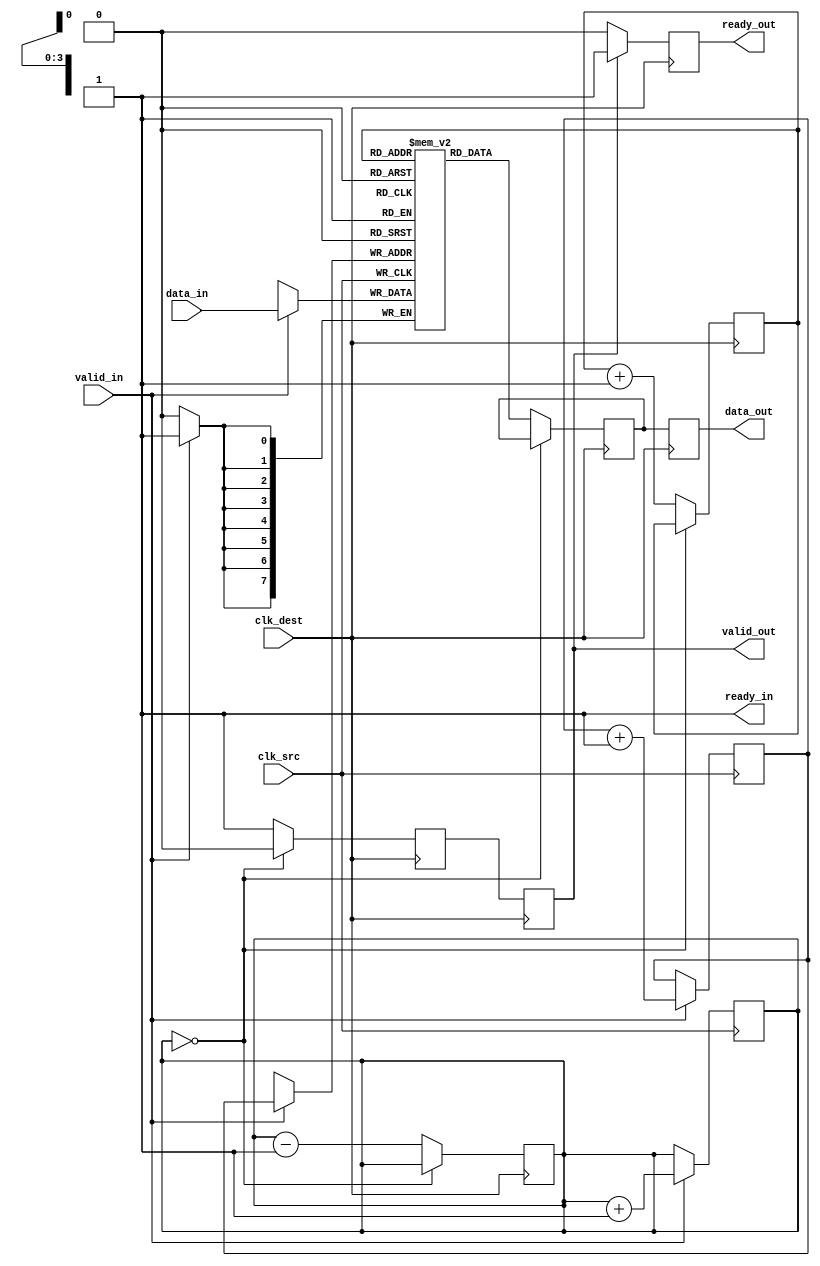
module MemoryBlocksPipelineSynchronizer #(
    parameter DATA_WIDTH = 8,
    parameter FIFO_DEPTH = 16
)(
    input wire clk_src,                // Source clock
    input wire clk_dest,               // Destination clock
    input wire [DATA_WIDTH-1:0] data_in, // Data input from source clock domain
    input wire valid_in,               // Valid signal for input data
    output wire [DATA_WIDTH-1:0] data_out, // Synchronized data output
    output wire valid_out,             // Valid signal for output data
    output wire ready_in,              // Ready signal for input data
    output wire ready_out              // Ready signal for output data
);

    // FIFO signals
    reg [DATA_WIDTH-1:0] fifo [0:FIFO_DEPTH-1];
    reg [3:0] write_ptr, read_ptr;
    reg [3:0] count;
    wire fifo_full, fifo_empty;

    // Handshaking signals
    reg valid_out_reg;
    reg ready_out_reg;

    // Synchronization registers
    reg [DATA_WIDTH-1:0] sync_data_1, sync_data_2;
    reg valid_sync_1, valid_sync_2;

    // FIFO control logic
    assign fifo_full = (count == FIFO_DEPTH);
    assign fifo_empty = (count == 0);
    assign ready_in = !fifo_full;
    assign valid_out = valid_sync_2;
    assign data_out = sync_data_2;

    // Write data to FIFO on source clock
    always @(posedge clk_src) begin
        if (valid_in && ready_in) begin
            fifo[write_ptr] <= data_in;
            write_ptr <= write_ptr + 1;
            count <= count + 1;
        end
    end

    // Read data from FIFO on destination clock
    always @(posedge clk_dest) begin
        if (!fifo_empty) begin
            sync_data_1 <= fifo[read_ptr];
            valid_sync_1 <= 1'b1;
            read_ptr <= read_ptr + 1;
            count <= count - 1;
        end else begin
            valid_sync_1 <= 1'b0;
        end
    end

    // Synchronization registers to mitigate metastability
    always @(posedge clk_dest) begin
        sync_data_2 <= sync_data_1;
        valid_sync_2 <= valid_sync_1;
    end

    // Ready signal generation
    always @(posedge clk_dest) begin
        if (valid_sync_2) begin
            ready_out_reg <= 1'b1; // Indicate that data is ready to be processed
        end else begin
            ready_out_reg <= 1'b0;
        end
    end

    assign ready_out = ready_out_reg;

endmodule